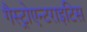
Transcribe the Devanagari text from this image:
गैस्ट्रोएन्टराइटिस